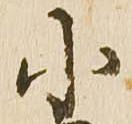
小